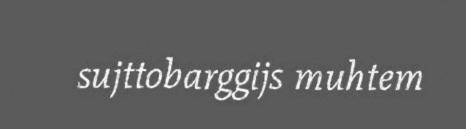
sujttobarggijs muhtem